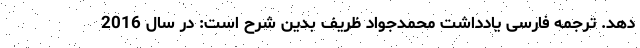
دهد. ترجمه فارسی یادداشت محمدجواد ظریف بدین شرح است: در سال 2016